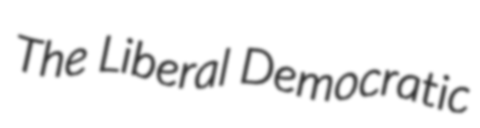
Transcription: The Liberal Democratic